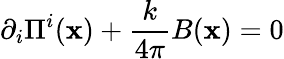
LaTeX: \partial_{i}\Pi^{i}({\mathbf x})+\frac{k}{4\pi}B({\mathbf x})=0